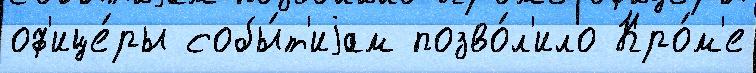
оф'ице́ры собы́т'иjам позво́л'ило Кро́м'е